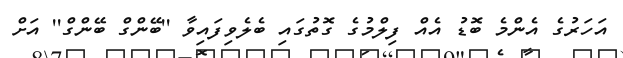
އަހަރުގެ އެންމެ ބޮޑު އެއް ފިލްމުގެ ގޮތުގައި ބެލެވިފައިވާ ''ބޭންގް ބޭންގް'' އަށް